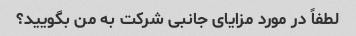
لطفاً در مورد مزایای جانبی شرکت به من بگویید؟